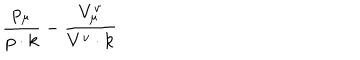
LaTeX: \frac { p _ { \mu } } { p \cdot k } - \frac { V _ { \mu } ^ { v } } { V ^ { v } \cdot k }